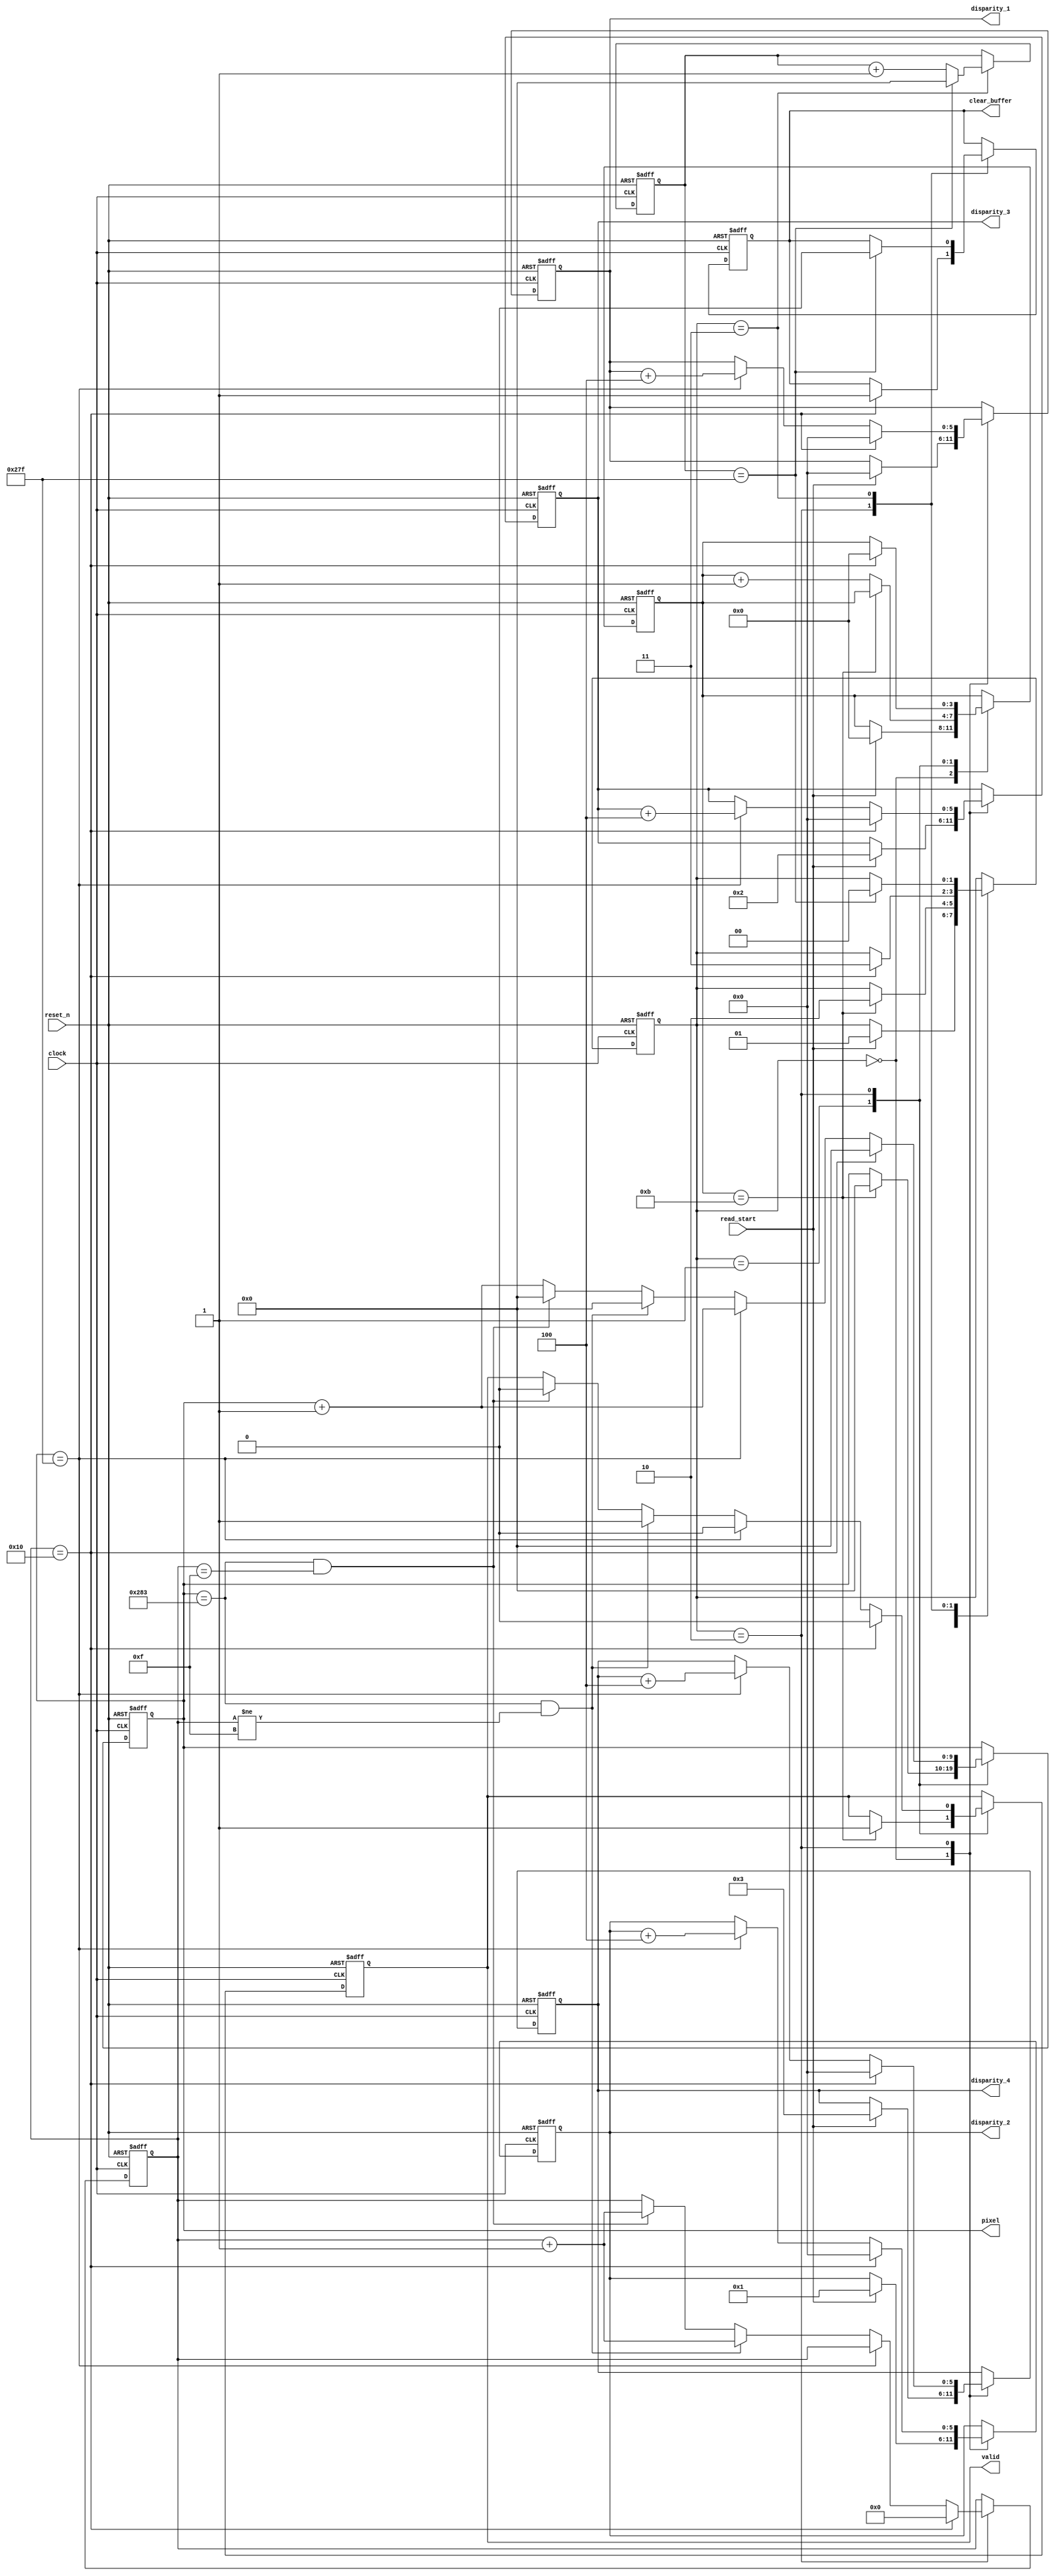
`timescale 1ns / 1ps
//////////////////////////////////////////////////////////////////////////////////
// Company: 
// Engineer: 
// 
// Design Name: 
// Module Name:    disparity_counter 
// Project Name: 
// Target Devices: 
// Tool versions: 
// Description: 
//
// Dependencies: 
//
// Revision: 
// Revision 0.01 - File Created
// Additional Comments: 
//
//////////////////////////////////////////////////////////////////////////////////
module disparity_counter(
    input wire clock,
    input wire reset_n,
    input wire read_start,
    
    output reg valid,
    output reg [9:0] pixel,
    output reg [5:0] disparity_1,
    output reg [5:0] disparity_2,
    output reg [5:0] disparity_3,
    output reg [5:0] disparity_4,
    output reg clear_buffer
    );
    
    reg [1:0] state;
    reg [3:0] count;
    reg [4:0] cycle;
    reg [9:0] clear_buffer_count;
    
    initial
    begin
        valid                   <= 0;
        pixel                   <= 0;
        disparity_1             <= 63;
        disparity_2             <= 63;
        disparity_3             <= 63;
        disparity_4             <= 63;    
        state                   <= 0;
        count                   <= 0;
        cycle                   <= 0;
        clear_buffer            <= 0;
        clear_buffer_count      <= 0;
    end
    
    always @(posedge clock or negedge reset_n)
    begin
        if(~reset_n)
        begin
            valid               <= 0;
            pixel               <= 0;
            disparity_1         <= 63;
            disparity_2         <= 63;
            disparity_3         <= 63;
            disparity_4         <= 63;    
            state               <= 0;
            count               <= 0;
            cycle               <= 0;
            clear_buffer        <= 0;
            clear_buffer_count  <= 0;
        end
        else
        begin
            case (state)
                0:        begin
                            if (read_start == 1)
                            begin
                                count           <= 0;
                                disparity_1     <= 0;
                                disparity_2     <= 1;
                                disparity_3     <= 2;
                                disparity_4     <= 3;
                                state           <= 1;
                            end
                        end
                        
                1:        begin
                            //Wait until entire window has been summed by the pipeline
                            if (count == 11)
                            begin
                                valid           <= 1;
                                pixel           <= 0;
                                state           <= 2;
                            end
                            else
                            begin
                                count <= count + 1'b1;
                            end
                        end
                        
                2:        begin
                            if (cycle == 16)
                            begin
                                valid           <= 0;
                                count           <= 0;
                                pixel           <= 0;
                                cycle           <= 0;
                                disparity_1     <= 0;
                                disparity_2     <= 0;
                                disparity_3     <= 0;
                                disparity_4     <= 0;
                                clear_buffer    <= 1;
                                state           <= 3;
                            end
                            else
                            begin
                                if (pixel == 639)
                                begin
                                    valid       <= 0;
                                    disparity_1 <= disparity_1 + 3'b100; 
                                    disparity_2 <= disparity_2 + 3'b100;
                                    disparity_3 <= disparity_3 + 3'b100;
                                    disparity_4 <= disparity_4 + 3'b100;
                                    pixel       <= pixel + 1'b1;
                                end
                                else if (pixel == 643 && cycle != 15)
                                begin
                                    valid       <= 1;
                                    pixel       <= 0;
                                    cycle       <= cycle +1'b1;
                                end
                                else if (pixel == 643 && cycle == 15)
                                begin
                                    valid       <= 0;
                                    pixel       <= 0;
                                    cycle       <= cycle +1'b1;
                                end
                                else
                                begin
                                    pixel       <= pixel + 1'b1;
                                end
                            end
                        end
                        
                3:        begin
                            if (clear_buffer_count == 639)
                            begin
                                clear_buffer        <= 0;
                                clear_buffer_count  <= 0;
                                state               <= 0;
                            end
                            else
                            begin
                                clear_buffer_count  <= clear_buffer_count + 1'b1;
                            end
                        end
            endcase
        end
    end

endmodule